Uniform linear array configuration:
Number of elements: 48
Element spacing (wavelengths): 0.75
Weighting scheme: hamming
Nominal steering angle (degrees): -30
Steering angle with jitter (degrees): -29.86
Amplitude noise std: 0.05
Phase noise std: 0.05

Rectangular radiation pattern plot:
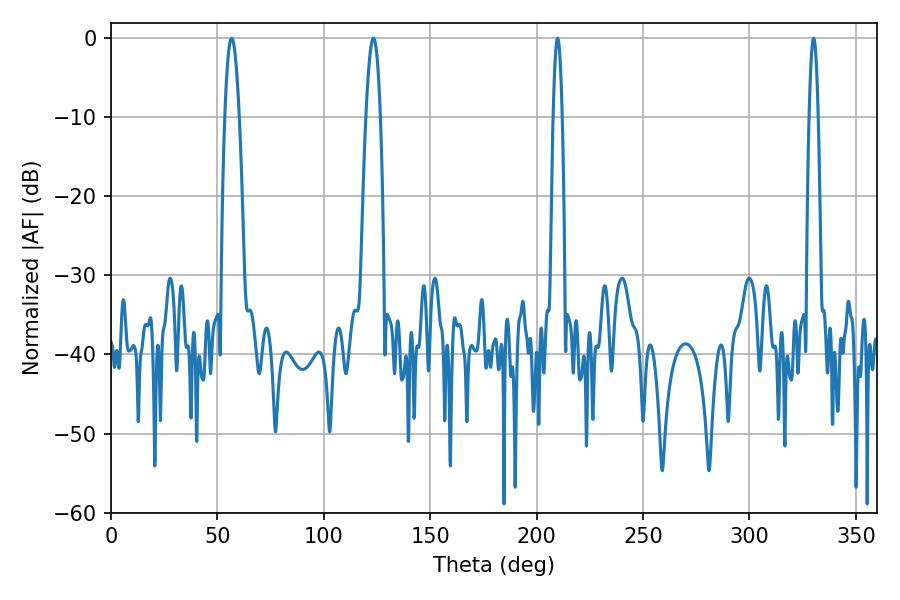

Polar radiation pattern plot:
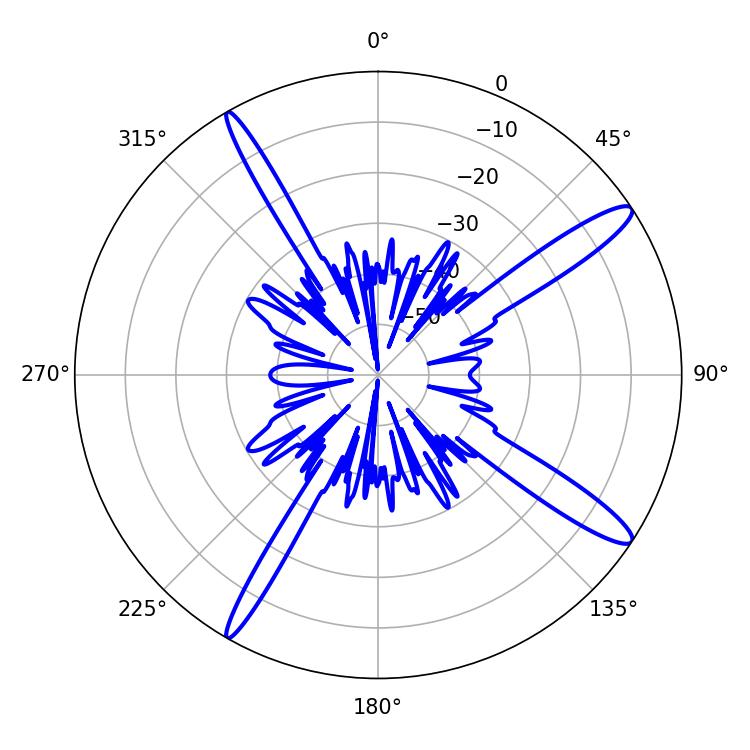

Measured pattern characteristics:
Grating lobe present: TRUE
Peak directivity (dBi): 14.33
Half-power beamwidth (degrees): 3.6
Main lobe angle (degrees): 123.3